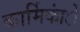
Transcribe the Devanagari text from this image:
कार्मिकांे